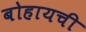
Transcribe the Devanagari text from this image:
बोहायची